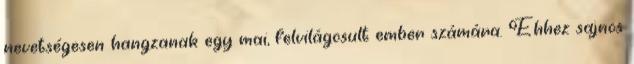
nevetségesen hangzanak egy mai, felvilágosult ember számára. Ehhez sajnos